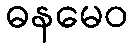
ဓနမေဝ